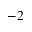
^ { - 2 }